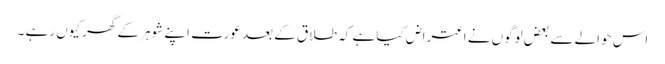
اس حوالے سے بعض لوگوں نے اعتراض کیا ہے کہ طلاق کے بعد عورت اپنے شوہر کے گھر کیوں رہے ۔